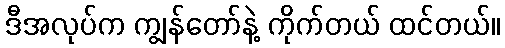
ဒီအလုပ်က ကျွန်တော်နဲ့ ကိုက်တယ် ထင်တယ်။